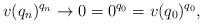
LaTeX: \begin{align*}v(q_{n})^{q_{n}}\rightarrow0=0^{q_{0}}=v(q_{0})^{q_{0}},\end{align*}